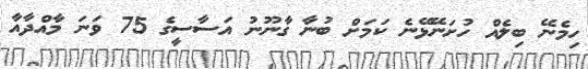
ހިމެނޭ ބިލެއް ހުށަނޭޅޭނެ ކަމަށް ބުނާ ގާނޫނު އަސާސީގެ 75 ވަނަ މާއްދާއާ